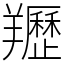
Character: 䍽